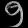
Digit: ၅